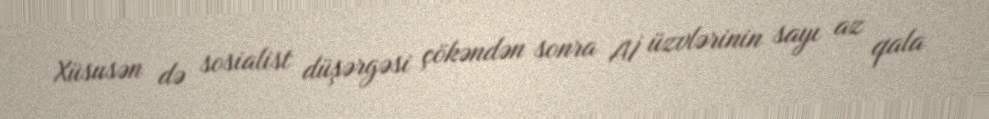
Xüsusən də sosialist düşərgəsi çökəndən sonra Aİ üzvlərinin sayı az qala